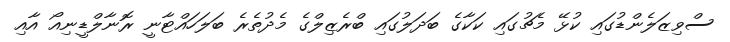
ސްވިޒަލެންޑުގައި ކުޅޭ މެޗުގައި ކަކާގެ ބަދަލުގައި ބްރެޒިލްގެ މެދުތެރެ ބަލަހައްޓާނީ ރޮނާލްޑީނިއޯ އާއި